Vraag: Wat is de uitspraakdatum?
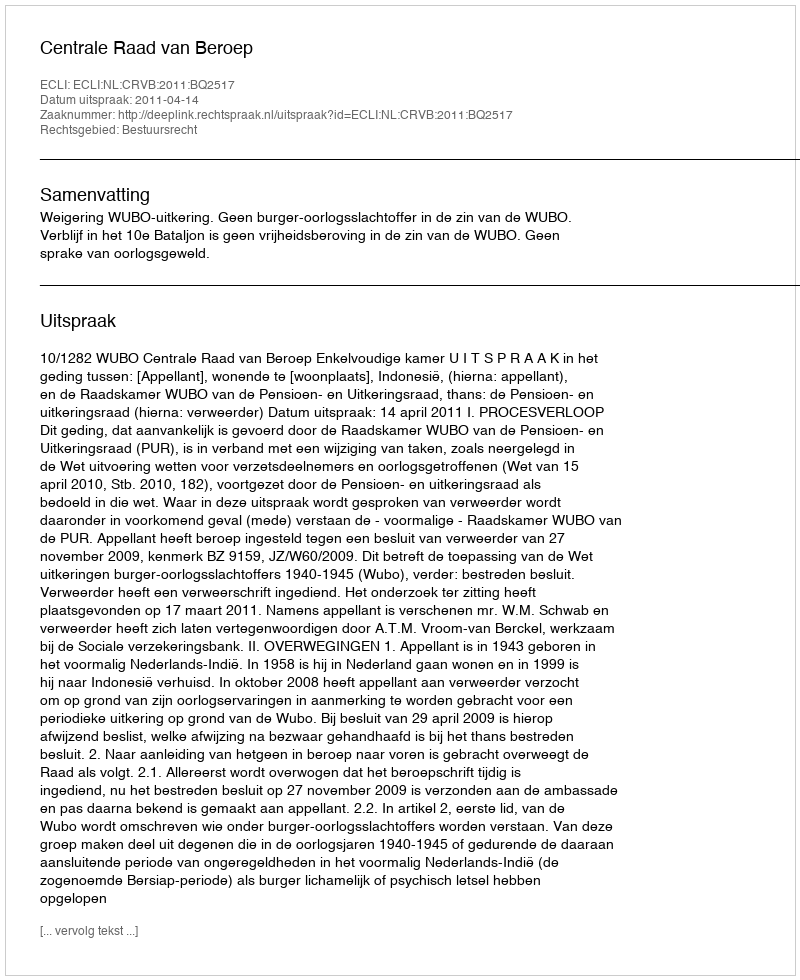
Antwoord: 2011-04-14